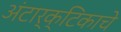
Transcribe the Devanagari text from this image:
अंटार्क्टिकाचे